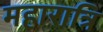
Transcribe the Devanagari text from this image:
महारात्रि